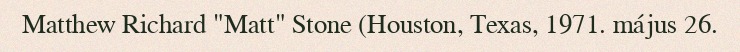
Matthew Richard "Matt" Stone (Houston, Texas, 1971. május 26.